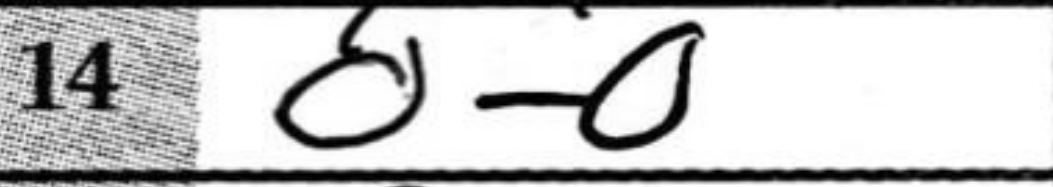
Transcription: O-O